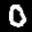
Label: 0